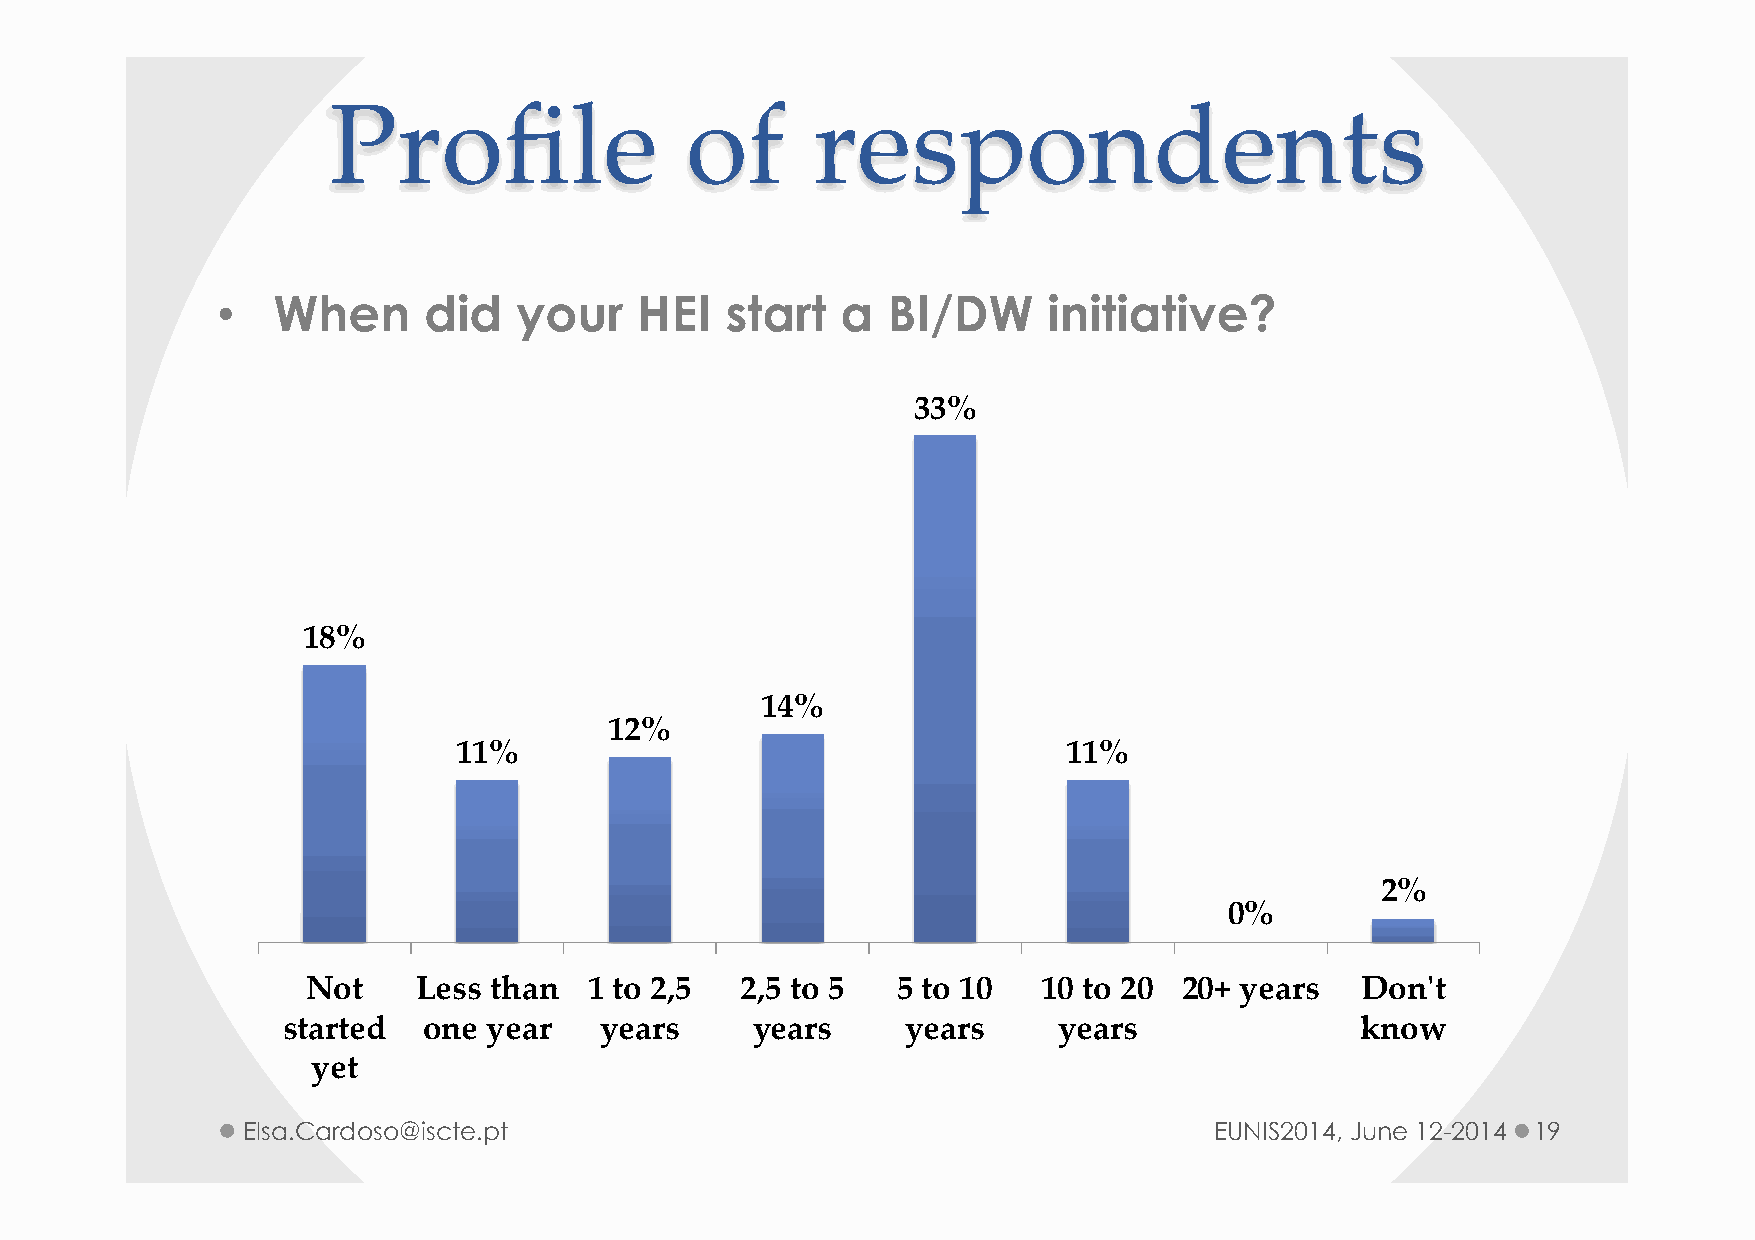
Profile                of       respondents
 •   When      did   your    HEI   start   a  BI/DW     initiative?
 33%
 18%
 14%
 12%
 11%                                      11%
 2%
 0%
 Not    Less than   1 to 2,5  2,5 to 5  5 to 10   10 to 20 20+ years   Don'ʹt
 started  one year    years     years     years     years               know
 yet
 Elsa.Cardoso@iscte.pt                                           EUNIS2014, June 12-2014 19